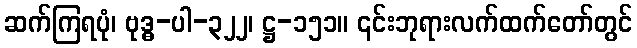
ဆက်ကြရပုံ၊ ဗုဒ္ဓ-ပါ-၃၂၂၊ ဋ္ဌ-၁၅၁။ ၎င်းဘုရားလက်ထက်တော်တွင်